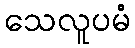
သေလူပမံ